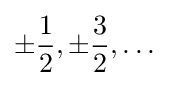
\pm {\frac {1}{2}},\pm {\frac {3}{2}},\dots